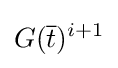
G({\overline {t}})^{i+1}